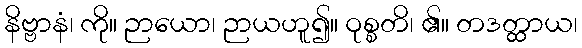
နိဗ္ဗာနံ၊ ကို။ ဉာယော၊ ဉာယဟူ၍။ ဝုစ္စတိ၊ ၏။ တဒတ္ထာယ၊